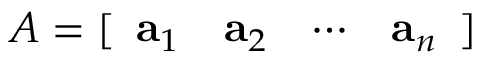
A = [ { \begin{array} { c c c c } { \mathbf { a } _ { 1 } } & { \mathbf { a } _ { 2 } } & { \cdots } & { \mathbf { a } _ { n } } \end{array} } ]